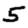
Digit: 5